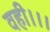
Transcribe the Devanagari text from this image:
वही।।।